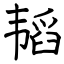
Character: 韬